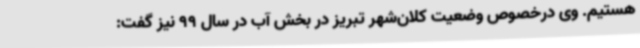
هستیم. وی درخصوص وضعیت کلان‌شهر تبریز در بخش آب در سال 99 نیز گفت: